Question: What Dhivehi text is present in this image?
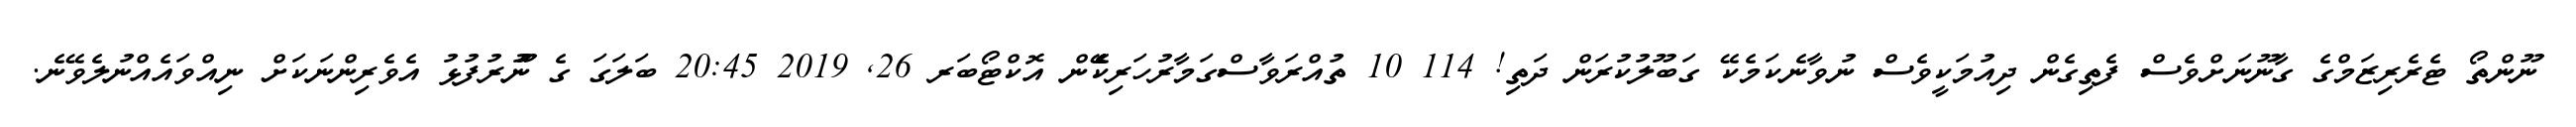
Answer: ނޫންތޯ ޓެރެރިޒަމްގެ ގާނޫނަށްވެސް ފެތިގެން ދިއުމަކީވެސް ނުވާނެކަމެކޭ ގަބޫލުކުރަން ދަތި! 114 10 ތުއްރަވާސްގަމާރުހަރިކެެެޭެން އޮކްޓޯބަރ 26, 2019 20:45 ބަލަގަ ގެ ނުުޫރުފުޅު އެވެރިންނަކަށް ނިއްވައެއްނުލެވޭނެ.